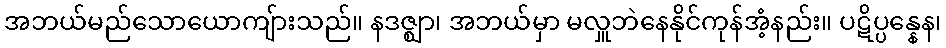
အဘယ်မည်သောယောကျ်ားသည်။ နဒဇ္ဈာ၊ အဘယ်မှာ မလှူဘဲနေနိုင်ကုန်အံ့နည်း။ ပဋိပ္ပန္နေန၊